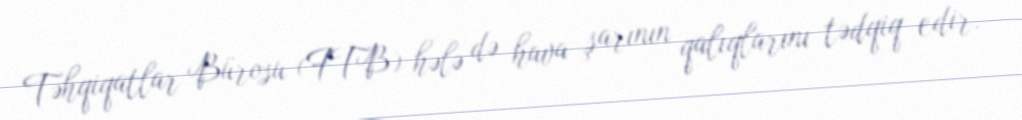
Təhqiqatlar Bürosu (FTB) hələ də hava şarının qalıqlarını tədqiq edir.